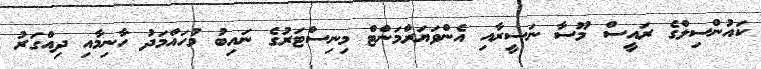
ކައުންސިލްގެ ރައީސް މޫސާ ނަސީރާއި އެންވަޔަރްމަންޓް މިނިސްޓަރުގެ ނައިބު މުހައްމަދު ހާނިމާއި ދިއްގަރު